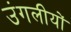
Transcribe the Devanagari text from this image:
उंगलीयों